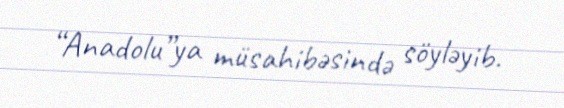
“Anadolu”ya müsahibəsində söyləyib.